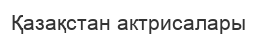
Қазақстан актрисалары